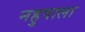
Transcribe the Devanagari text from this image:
नहुषाला